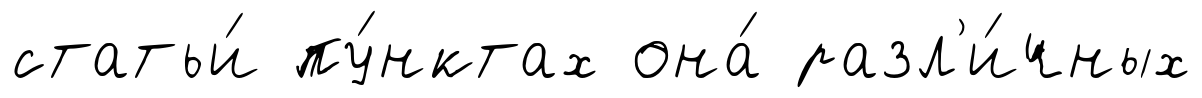
статьи́ пу́нктах она́ разл'и́чных